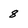
Character: 8